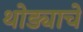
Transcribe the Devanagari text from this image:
थोड्याचे